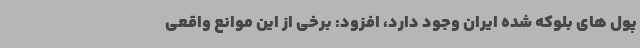
پول های بلوکه شده ایران وجود دارد، افزود: برخی از این موانع واقعی